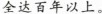
全达百年以上。